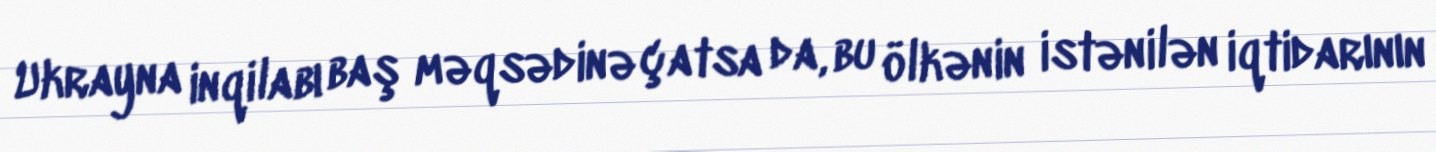
Ukrayna inqilabı baş məqsədinə çatsa da, bu ölkənin istənilən iqtidarının